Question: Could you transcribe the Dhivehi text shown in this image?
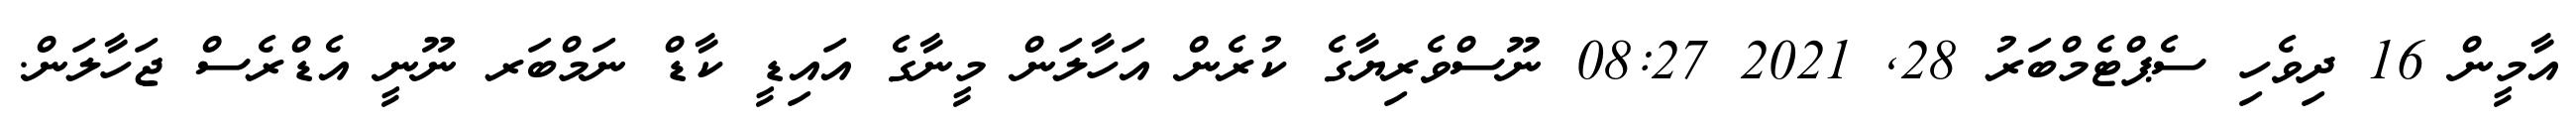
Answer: އާމީން 16 ދިވެހި ސެޕްޓެމްބަރު 28, 2021 08:27 ނޫސްވެރިޔާގެ ކުރެން އަހާލަން މީނާގެ އައިޑީ ކާޑް ނަމްބަރ ނޫނީ އެޑްރެސް ޖަހާލަން.